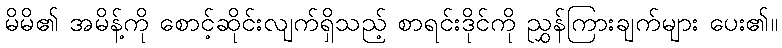
မိမိ၏ အမိန့်ကို စောင့်ဆိုင်းလျက်ရှိသည့် စာရင်းဒိုင်ကို ညွှန်ကြားချက်များ ပေး၏။